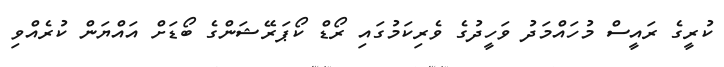
ކުރީގެ ރައީސް މުހައްމަދު ވަހީދުގެ ވެރިކަމުގައި ރޯޑް ކޯޕަރޭޝަންގެ ބޯޑަށް އައްޔަން ކުރެއްވި